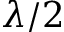
\lambda / 2